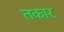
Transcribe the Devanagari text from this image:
तकार